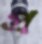
প্র